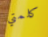
كلمتي